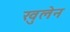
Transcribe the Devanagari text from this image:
खुलेन